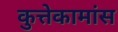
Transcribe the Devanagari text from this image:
कुत्तेकामांस